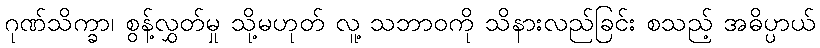
ဂုဏ်သိက္ခာ၊ စွန့်လွှတ်မှု သို့မဟုတ် လူ့ သဘာဝကို သိနားလည်ခြင်း စသည့် အဓိပ္ပာယ်